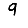
Digit: 9